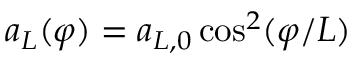
{ a _ { L } ( \varphi ) = a _ { L , 0 } \cos ^ { 2 } ( \varphi / L ) }